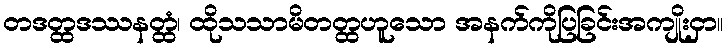
တဒတ္ထဒဿနတ္ထံ၊ ထိုသသာမိတတ္ထဟူသော အနက်ကိုပြခြင်းအကျိုးငှာ။